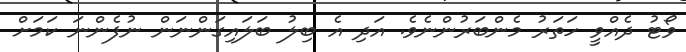
ވޯޓު ދެއްވީ ހަތަރު މެންބަރުންނެވެ. އަދި އެ ބިލު ބަލައިގަންނަން ނުފެންނަ ކަމަށް